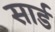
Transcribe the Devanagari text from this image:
सार्ड